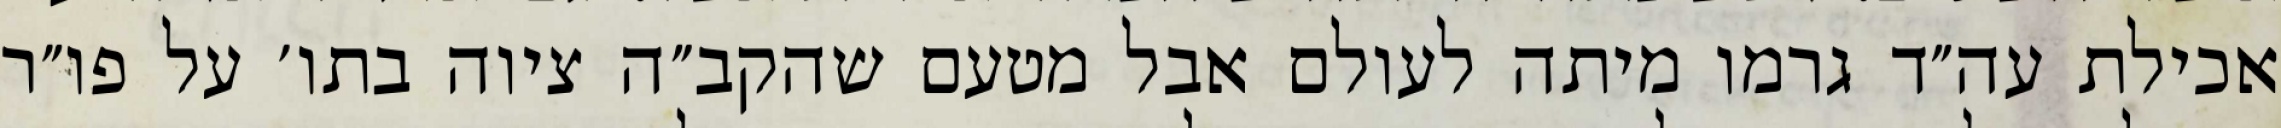
אכילת עה״ד גרמו מיתה לעולם אבל מטעם שהקב״ה ציוה בתו׳ על פו״ר